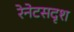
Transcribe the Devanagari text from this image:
रेनेटसदृश